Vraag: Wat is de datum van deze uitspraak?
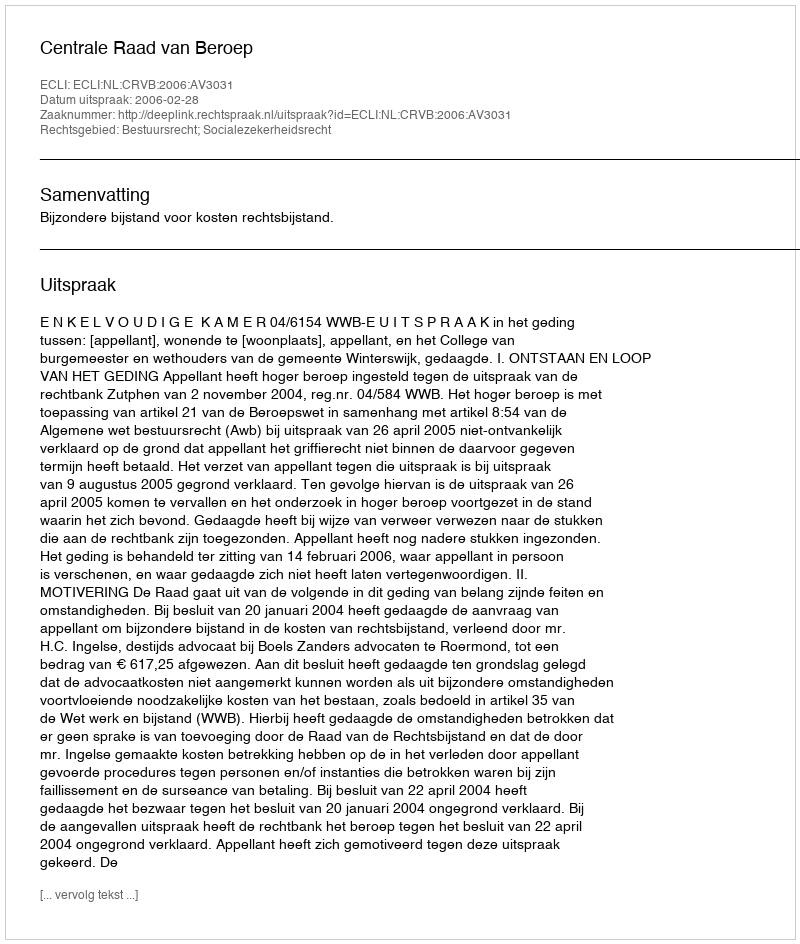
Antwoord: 2006-02-28